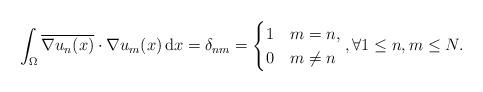
LaTeX: \begin{align*} \int_{\Omega} \overline{\nabla u_n(x)} \cdot \nabla u_m(x) \, {\rm d} x = \delta_{nm} = \begin{cases}1 & m=n,\\0& m\ne n\end{cases}, \forall 1 \leq n,m \leq N.\end{align*}